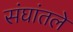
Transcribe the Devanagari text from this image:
संघांतले